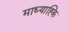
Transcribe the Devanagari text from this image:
माध्याह्कि